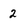
Character: 2